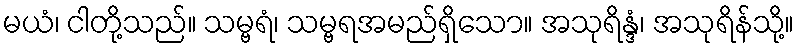
မယံ၊ ငါတို့သည်။ သမ္ဗရံ၊ သမ္ဗရအမည်ရှိသော။ အသုရိန္ဒံ၊ အသုရိန်သို့။